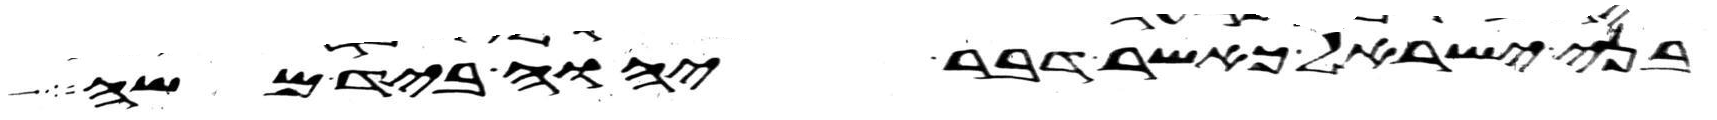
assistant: בני ישראל כאשר דבר יהוה ביד משה